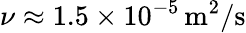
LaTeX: \nu\approx 1.5\times 10^{-5}\, \mathrm{m}^{2}/\mathrm{s}